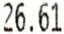
26.61